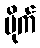
ပိုက်